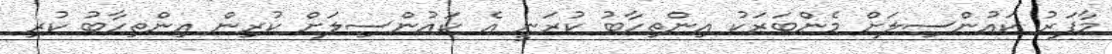
މާފަރު ކައުންސިލަށް މެންބަރަކު އިންތިހާބު ކުރަނީ އެ ކައުންސިލަށް ކުރިން އިންތިހާބު ކުރި